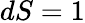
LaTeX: dS=1